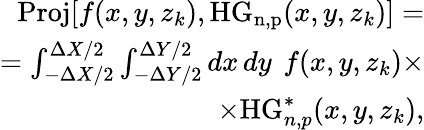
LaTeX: \begin{array}{r}{\mathrm{Proj}[f(x,y,z_{k}),\mathrm{HG_{n,p}}(x,y,z_{k})]=}\\ {=\int_{-\Delta X/2}^{\Delta X/2}\int_{-\Delta Y/2}^{\Delta Y/2}\mathop{dx}\mathop{dy}~f(x,y,z_{k})\times}\\ {\times\mathrm{HG}_{n,p}^{*}(x,y,z_{k}),}\end{array}